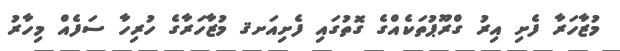
މުޒާހަރާ ފެށި އިރު ގްރޫޕުތަކެއްގެ ގޮތުގައި ފެށިއަށޤ މުޒާހަރާގެ ހުރިހާ ސަފެއް މިހާރު